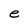
Character: e